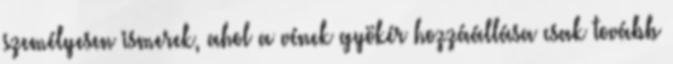
személyesen ismerek, ahol a vének gyökér hozzáállása csak tovább